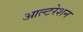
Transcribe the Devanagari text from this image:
आल्टरेशन